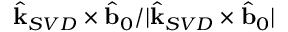
\hat { \mathbf { k } } _ { S V D } \times \hat { \mathbf { b } } _ { 0 } / | \hat { \mathbf { k } } _ { S V D } \times \hat { \mathbf { b } } _ { 0 } |